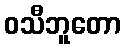
ဝသီဘူတော